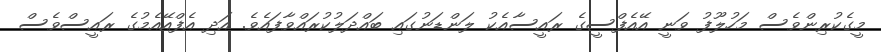
މީގެކުރިންވެސް މަހުލޫފު ވަނީ އޭއެފްސީގެ ރައީސާއެކު ލަންޑަނުގައި ބައްދަލުކުރައްވާފައެވެ. އަދި އެފްއޭއެމުގެ ރައީސްވެސް